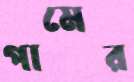
পামের